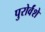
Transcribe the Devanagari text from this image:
पुरोर्वंशे